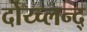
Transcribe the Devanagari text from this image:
दोय्च्लन्द्